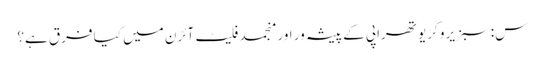
س: سبزیرو کریو تھراپی کے پیشہ ور اور منجمد فلیٹ آئرن میں کیا فرق ہے؟